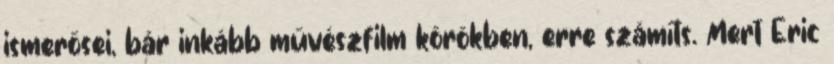
ismerősei, bár inkább művészfilm körökben, erre számíts. Mert Eric